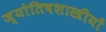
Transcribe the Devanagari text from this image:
ज्योतिषशास्त्रीयों